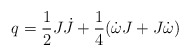
\begin{align*} q = \frac{1}{2}J \dot J + \frac{1}{4}(\dot \omega J + J\dot \omega)\end{align*}